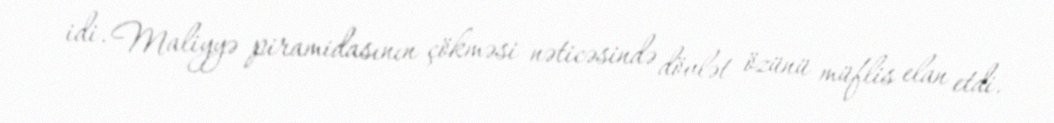
idi. Maliyyə piramidasının çökməsi nəticəsində dövlət özünü müflis elan etdi.